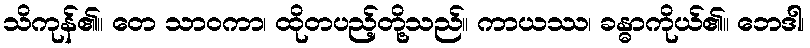
သိကုန်၏။ တေ သာဝကာ၊ ထိုတပည့်တို့သည်။ ကာယဿ၊ ခန္ဓာကိုယ်၏။ ဘေဒါ၊